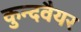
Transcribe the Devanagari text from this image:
कुन्दवैयर